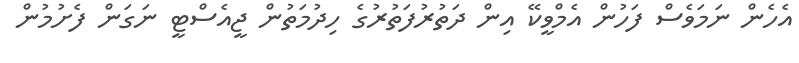
އެހެން ނަމަވެސް ފަހުން އެމްވީކޭ އިން ދަތުރުފަތުރުގެ ހިދުމަތުން ޖީއެސްޓީ ނަގަން ފެށުމުން